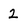
Character: 2